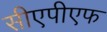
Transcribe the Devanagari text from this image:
सीएपीएफ